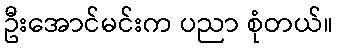
ဦးအောင်မင်းက ပညာ စုံတယ်။